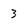
Character: 3